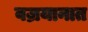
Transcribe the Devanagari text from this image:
वज्रयानात